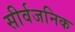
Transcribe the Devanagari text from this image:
सीर्वजनिक